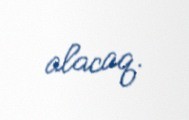
alacaq.